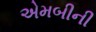
એમબીની